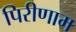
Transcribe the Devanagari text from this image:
पिरीणाम